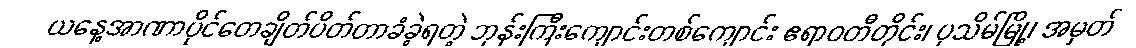
ယနေ့အာဏာပိုင်တေချိတ်ပိတ်တာခံခဲ့ရတဲ့ ဘုန်းကြီးကျောင်းတစ်ကျောင်း ဧရာဝတီတိုင်း၊ ပုသိမ်မြို့၊ အမှတ်